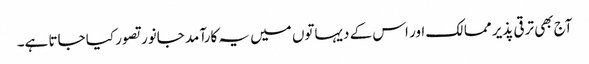
آج بھی ترقی پذیر ممالک اور اس کے دیہاتوں میں یہ کارآمد جانور تصور کیا جاتا ہے۔